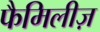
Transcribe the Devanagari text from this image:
फैमिलीज़